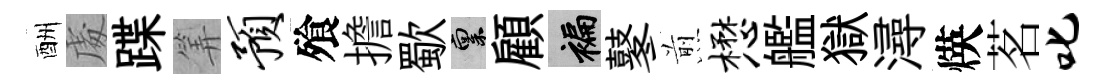
酬䖏蹀筭预飱擔歜禀顧褊鼕煎懋艦獄潯煐茗叱